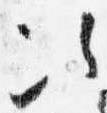
次